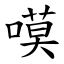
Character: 嗼